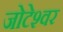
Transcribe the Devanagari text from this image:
जोटेश्‍वर